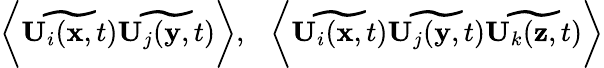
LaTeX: \begin{array}{r}{\bigg\langle\widetilde{\mathbf{U}_{i}(\mathbf{x},t)}\widetilde{\mathbf{U}_{j}(\mathbf{y},t)}\bigg\rangle,~~~\bigg\langle\widetilde{\mathbf{U}_{i}(\mathbf{x},t)}\widetilde{\mathbf{U}_{j}(\mathbf{y},t)}\widetilde{\mathbf{U}_{k}(\mathbf{z},t)}\bigg\rangle}\end{array}